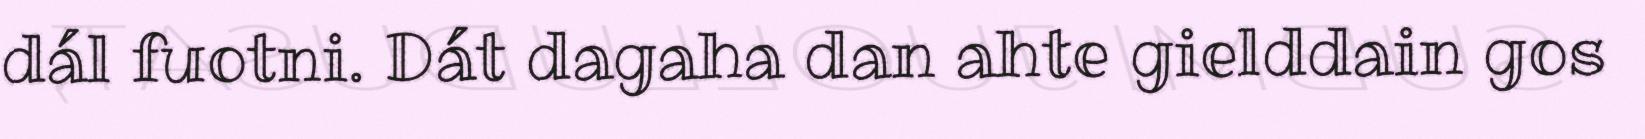
dál fuotni. Dát dagaha dan ahte gielddain gos